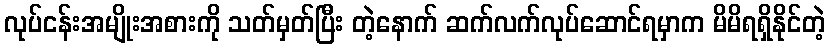
လုပ်ငန်းအမျိုးအစားကို သတ်မှတ်ပြီး တဲ့နောက် ဆက်လက်လုပ်ဆောင်ရမှာက မိမိရရှိနိုင်တဲ့